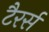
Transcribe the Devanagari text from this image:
टैरर्स